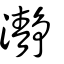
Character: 瀞